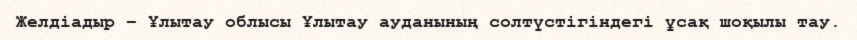
Желдіадыр – Ұлытау облысы Ұлытау ауданының солтүстігіндегі ұсақ шоқылы тау.